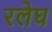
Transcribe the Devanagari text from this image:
रलेघ